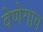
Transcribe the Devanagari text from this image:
वेणेगाव